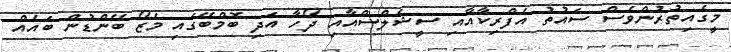
މީގެއިތުރުންވެސް ސައުތު އެފްރިކާއާއި ސީޝެލްސްއާއި ދޯހާ އަދި ބޮމްބޭގައި މެޒޯ ބޭންޑުން ބައެއް